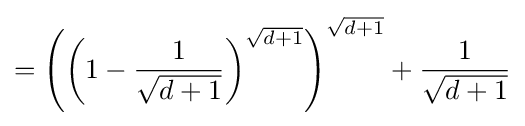
=\left(\left(1-{\frac {1}{\sqrt {d+1}}}\right)^{\sqrt {d+1}}\right)^{\sqrt {d+1}}+{\frac {1}{\sqrt {d+1}}}